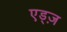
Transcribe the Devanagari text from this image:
एड्ज़